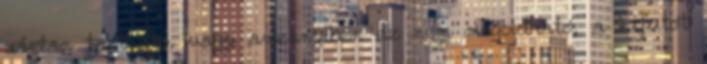
zártan tartható, vagy amennyiben ez nem megoldható, a kifutót